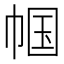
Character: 帼